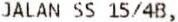
JALAN SS 15/4B,